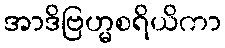
အာဒိဗြဟ္မစရိယိကာ